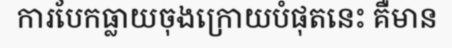
ការបែកធ្លាយចុងក្រោយបំផុតនេះ គឺមាន